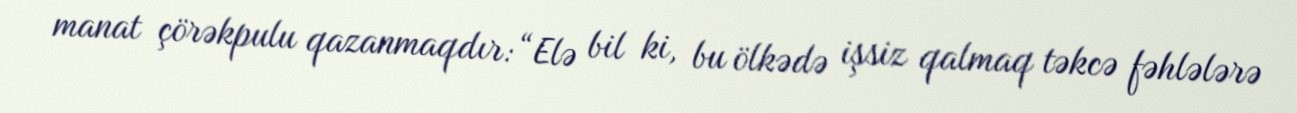
manat çörəkpulu qazanmaqdır: “Elə bil ki, bu ölkədə işsiz qalmaq təkcə fəhlələrə